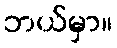
ဘယ်မှာ။